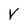
Character: v